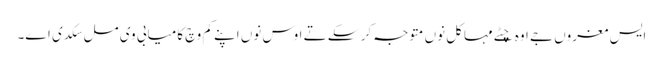
ایس مغروں جے اوہ چِٹے مہاکل نوں متوجہ کر سکے تے اوس نوں اپنے کم وچ کامیابی وی مل سکدی اے۔